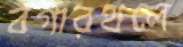
বগারথলে